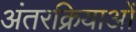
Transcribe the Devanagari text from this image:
अंतरक्रियाओं